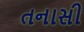
તનાસી